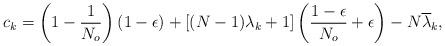
LaTeX: \begin{align*}c_k=\left(1-\frac{1}{N_o}\right)(1-\epsilon)+[(N-1) \lambda_k+1] \left(\frac{1-\epsilon}{N_o}+ \epsilon\right)-N \overline{\lambda}_k,\end{align*}